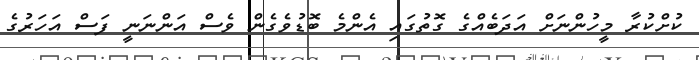
ކުށްކުރާ މީހުންނަށް އަދަބެއްގެ ގޮތުގައި އެންމެ ބޮޑުވެގެން ވެސް އަންނަނީ ފަސް އަހަރުގެ